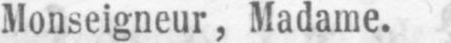
Monseigneur, Madame.